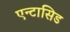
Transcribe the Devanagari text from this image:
एन्टासिड